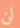
لن